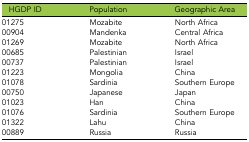
<table><thead><tr><td><b>HGDP ID</b></td><td><b>Population</b></td><td><b>Geographic Area</b></td></tr></thead><tbody><tr><td>01275</td><td>Mozabite</td><td>North Africa</td></tr><tr><td>00904</td><td>Mandenka</td><td>Central Africa</td></tr><tr><td>01269</td><td>Mozabite</td><td>North Africa</td></tr><tr><td>00685</td><td>Palestinian</td><td>Israel</td></tr><tr><td>00737</td><td>Palestinian</td><td>Israel</td></tr><tr><td>01223</td><td>Mongolia</td><td>China</td></tr><tr><td>01078</td><td>Sardinia</td><td>Southern Europe</td></tr><tr><td>00750</td><td>Japanese</td><td>Japan</td></tr><tr><td>01023</td><td>Han</td><td>China</td></tr><tr><td>01076</td><td>Sardinia</td><td>Southern Europe</td></tr><tr><td>01322</td><td>Lahu</td><td>China</td></tr><tr><td>00889</td><td>Russia</td><td>Russia</td></tr></tbody></table>